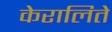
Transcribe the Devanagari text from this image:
केरालिते